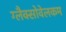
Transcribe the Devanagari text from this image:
ग्लैक्सोवेलकम